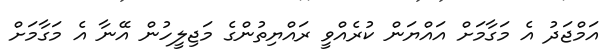
އަމްޖަދު އެ މަގާމަށް އައްޔަން ކުރެއްވީ ރައްޔިތުންގެ މަޖިލީހުން އޭނާ އެ މަގާމަށް